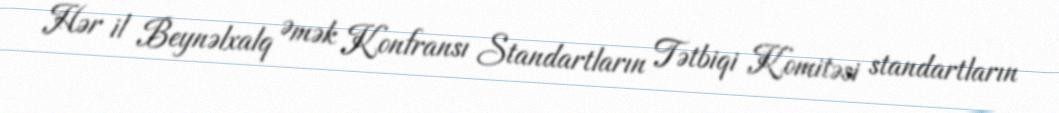
Hər il Beynəlxalq Əmək Konfransı Standartların Tətbiqi Komitəsi standartların